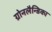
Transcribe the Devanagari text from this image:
ग्रोनलैन्डिका